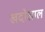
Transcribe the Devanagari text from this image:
खदोखाल